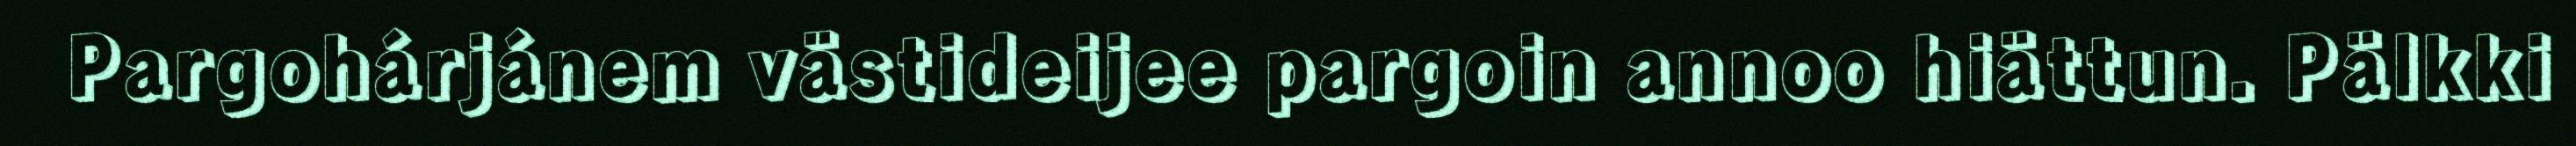
Pargohárjánem västideijee pargoin annoo hiättun. Pälkki